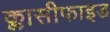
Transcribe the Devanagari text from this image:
क्लासीफाइड